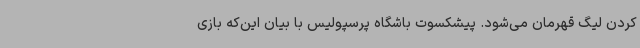
کردن لیگ قهرمان می‌شود. پیشکسوت باشگاه پرسپولیس با بیان این‌که بازی